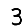
Digit: 3